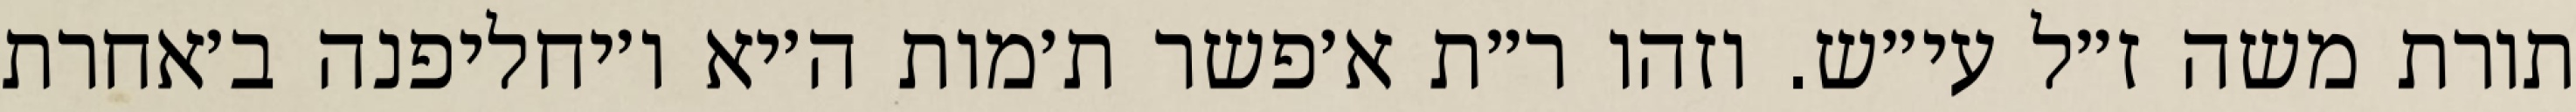
תורת משה ז״ל עי״ש. וזהו ר״ת א׳פשר ת׳מות ה׳יא ו׳יחליפנה ב׳אחרת